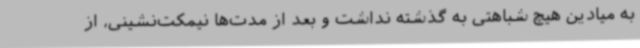
به میادین هیچ شباهتی به گذشته نداشت و بعد از مدت‌ها نیمکت‌نشینی، از